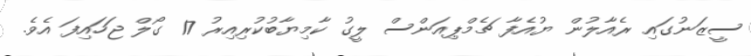
ސީޒަނުގައި ރެއާލުން ޔުއެފާ ޗެމްޕިއަންސް ލީގު ކާމިޔާބުކުރިއިރު 17 ގޯލް ޖަހައިފަ އެވެ.